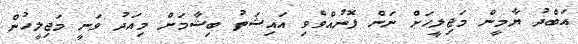
އަބްދު ޔާމީން މަޖިލީހަށް ނަން ފޮނުއްވެވި އައިޝަތު ބިޝާމަށް މިއަދު ވަނީ މަޖިލީހުން